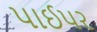
પાઈપર